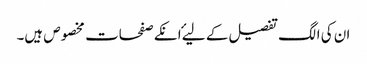
ان کی الگ تفصیل کے لیۓ انکے صفحات مخصوص ہیں۔